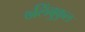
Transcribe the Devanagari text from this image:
७लिंबुकुल